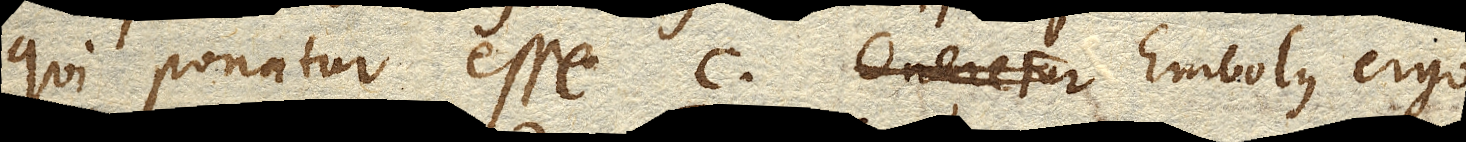
qui ponatur esse c. Embolus ergo